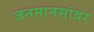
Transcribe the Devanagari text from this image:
जनमानसांवर